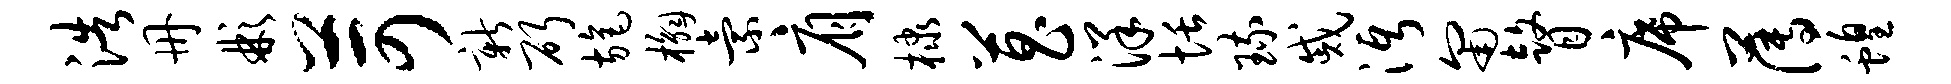
浩册彬苛新斫旄槲索肩棣菖洋恬琉戚沔匍瞽席薄蝗